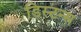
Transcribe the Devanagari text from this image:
डिस्टन्स